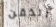
الذقن